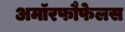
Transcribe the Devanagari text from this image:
अमॉरफौफेलस